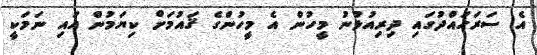
އެ ސަަރަޙައްދުގައި ދިރިއުޅުނު މީހުން އެ މީހުންގެ ޤައުމަށް ކިޔަމުން އައި ނަމަކީ